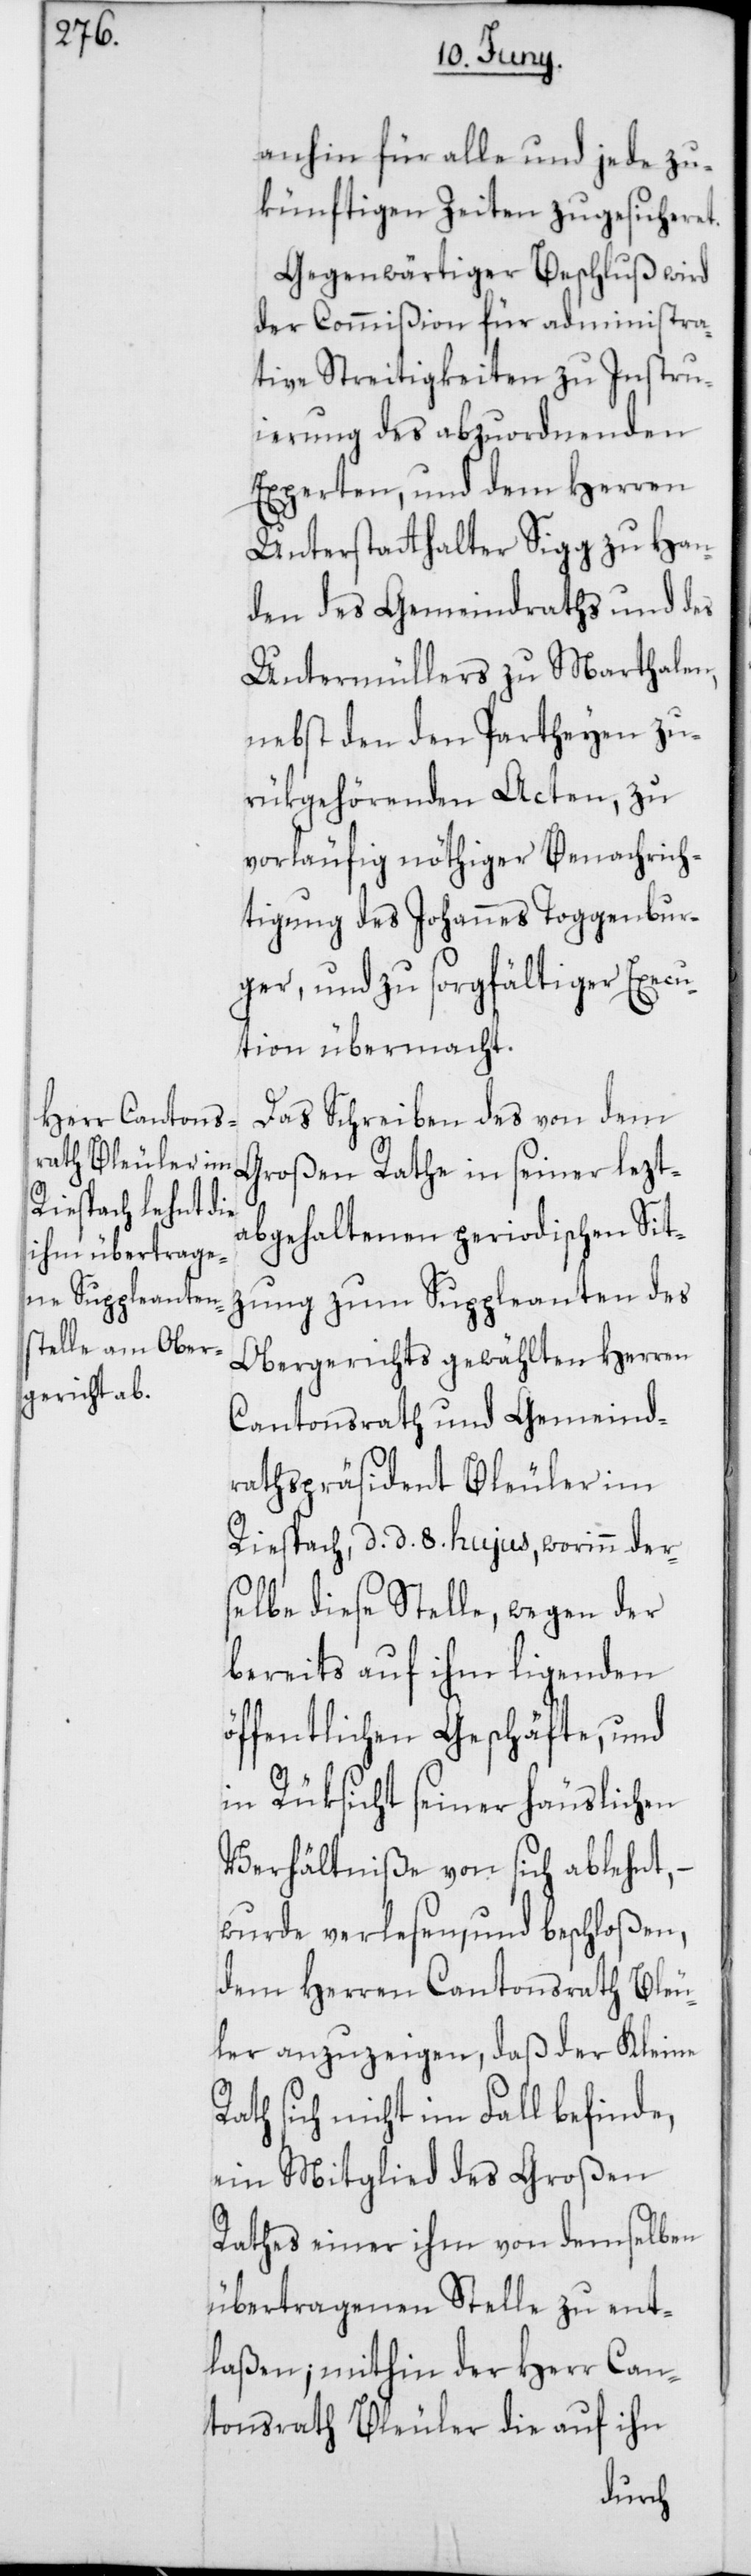
anhin für alle und jede zu¬
künftigen Zeiten zugesicheret.
Gegenwärtiger Beschluß wird
der Commißion für administra¬
tive Streitigkeiten zu Instru¬
ierung des abzuordnenden
Experten, und dem Herren
Unterstatthalter Sigg zu Han¬
den des Gemeindraths und des
Untermüllers zu Marthalen,
nebst den den Partheyen zu¬
rükgehörenden Acten, zu
vorläufig nöthiger Benachrich¬
tigung des Johannes Toggenbur¬
ger, und zu sorgfältiger Execu¬
tion übermacht.
Das Schreiben des von dem
Großen Rathe in seiner lezt¬
abgehaltenen periodischen Sit¬
zung zum Suppleanten des
Obergerichts gewählten Herren
Cantonsrath und Gemeind¬
rathspräsident Bleuler im
Riespach, d. d. 8ten hujus, worinn der¬
selbe diese Stelle, wegen der
bereits auf ihm ligenden
öffentlichen Geschäfte, und
in Rüksicht seiner häuslichen
Verhältniße von sich ablehnt,
wurde verlesen und beschloßen,
dem Herren Cantonsrath Bleu¬
ler anzuzeigen, daß der Kleine
Rath sich nicht im Fall befinde,
ein Mitglied des Großen
Rathes einer ihm von demselben
übertragenen Stelle zu ent¬
laßen; mithin der Herr Can¬
tonsrath Bleuler die auf ihn